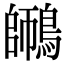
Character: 𪄜